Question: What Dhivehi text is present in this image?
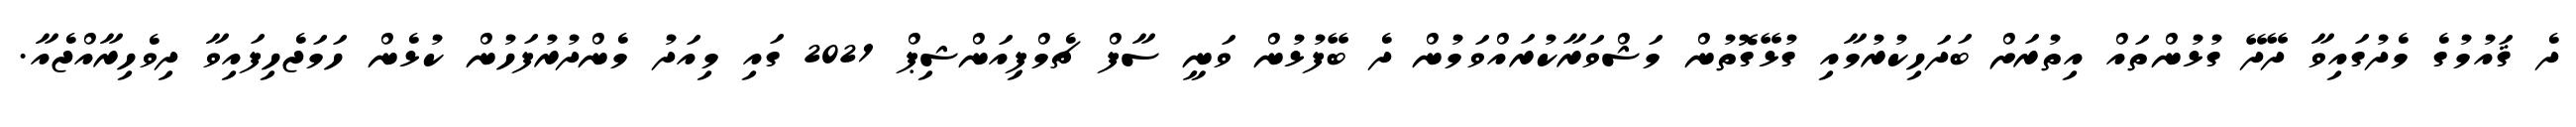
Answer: ދެ ޤައުމުގެ މެދުގައިވާ ދޭދޭ ގުޅުންތައް އިތުރަށް ބަދަހިކުރުމާއި ގުޅޭގޮތުން މަޝްވަރާކުރައްވަމުން ދެ ބޭފުޅުން ވަނީ ސާފް ޗެމްޕިއަންޝިޕް 2021 ގައި މިއަދު މެންދުރުފަހުން ކުޅެން ހަމަޖެހިފައިވާ ދިވެހިރާއްޖެއާ.